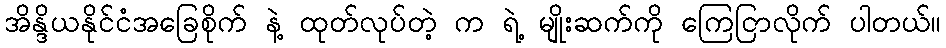
အိန္ဒိယနိုင်ငံအခြေစိုက် နဲ့ ထုတ်လုပ်တဲ့ က ရဲ့ မျိုးဆက်ကို ကြေငြာလိုက် ပါတယ်။